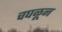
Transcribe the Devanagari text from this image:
चघळून